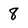
Character: 8